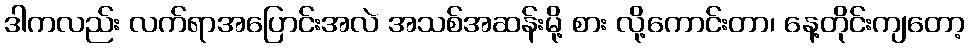
ဒါကလည်း လက်ရာအပြောင်းအလဲ အသစ်အဆန်းမို့ စား လို့ကောင်းတာ၊ နေ့တိုင်းကျတော့